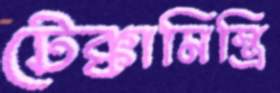
টেক্কামিস্ত্রি